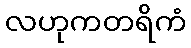
လဟုကတရိကံ